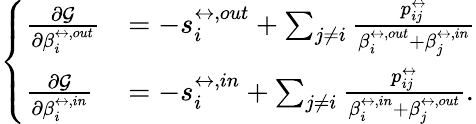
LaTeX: \left\{ \begin{array}{ll}{\frac{\partial\mathcal{G}}{\partial\beta_{i}^{\leftrightarrow,out}}}&{=-s_{i}^{\leftrightarrow,out}+\sum_{j\neq i}\frac{p_{ij}^{\leftrightarrow}}{\beta_{i}^{\leftrightarrow,out}+\beta_{j}^{\leftrightarrow,in}}}\\ {\frac{\partial\mathcal{G}}{\partial\beta_{i}^{\leftrightarrow,in}}}&{=-s_{i}^{\leftrightarrow,in}+\sum_{j\neq i}\frac{p_{ij}^{\leftrightarrow}}{\beta_{i}^{\leftrightarrow,in}+\beta_{j}^{\leftrightarrow,out}}.}\end{array}\right.